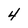
Character: 4